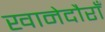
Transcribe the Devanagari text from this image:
खानेदौराँ